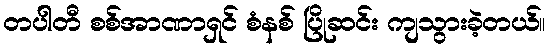
တပါတီ စစ်အာဏာရှင် စံနစ် ပြိုဆင်း ကျသွားခဲ့တယ်။